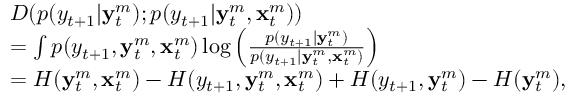
\begin{array} { r l } & { D ( p ( y _ { t + 1 } | \mathbf { y } _ { t } ^ { m } ) ; p ( y _ { t + 1 } | \mathbf { y } _ { t } ^ { m } , \mathbf { x } _ { t } ^ { m } ) ) } \\ & { = \int p ( y _ { t + 1 } , \mathbf { y } _ { t } ^ { m } , \mathbf { x } _ { t } ^ { m } ) \log \left( \frac { p ( y _ { t + 1 } | \mathbf { y } _ { t } ^ { m } ) } { p ( y _ { t + 1 } | \mathbf { y } _ { t } ^ { m } , \mathbf { x } _ { t } ^ { m } ) } \right) } \\ & { = H ( \mathbf { y } _ { t } ^ { m } , \mathbf { x } _ { t } ^ { m } ) - H ( y _ { t + 1 } , \mathbf { y } _ { t } ^ { m } , \mathbf { x } _ { t } ^ { m } ) + H ( y _ { t + 1 } , \mathbf { y } _ { t } ^ { m } ) - H ( \mathbf { y } _ { t } ^ { m } ) , } \end{array}